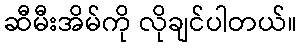
ဆီမီးအိမ်ကို လိုချင်ပါတယ်။